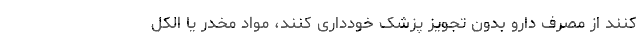
کنند از مصرف دارو بدون تجویز پزشک خودداری کنند، مواد مخدر یا الکل